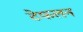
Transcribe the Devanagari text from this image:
टेफलन